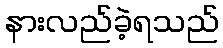
နားလည်ခဲ့ရသည်